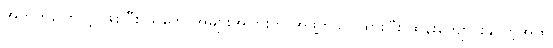
အတွက်ကြောင့် ဖြစ်ပြီး သင်္ဘောအများအပြားကို အဖွဲ့တခုပဲ ထားပြီး ထိန်းကျောင်းနိုင်တဲ့အထိ